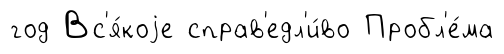
год Вс'я́коjе справ'едл'и́во Пробл'е́ма